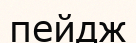
пейдж